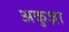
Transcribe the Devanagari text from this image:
अकुज़ा